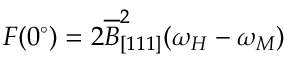
F ( 0 ^ { \circ } ) = 2 \overline { { B } } _ { [ 1 1 1 ] } ^ { 2 } ( \omega _ { H } - \omega _ { M } )